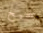
صحيح